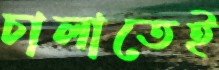
চালাতেই